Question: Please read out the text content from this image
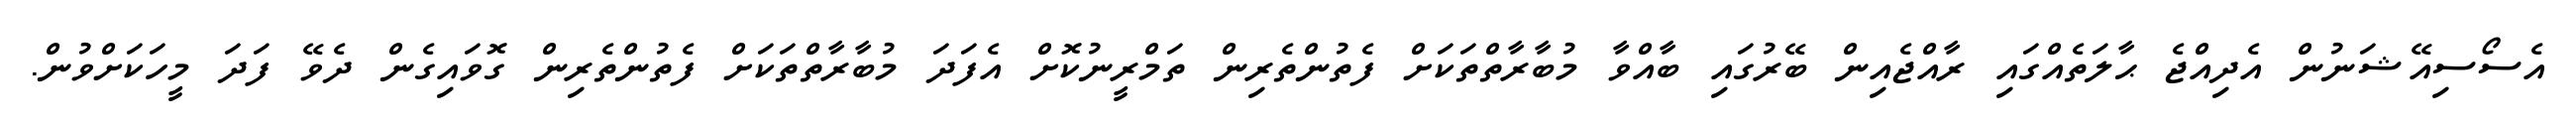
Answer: އެސޯސިއޭޝަނުން އެދިއްޖެ ޙާލަތެއްގައި ރާއްޖެއިން ބޭރުގައި ބާއްވާ މުބާރާތްތަކަށް ފެތުންތެރިން ތަމްރީނުކޮށް އެފަދަ މުބާރާތްތަކަށް ފެތުންތެރިން ގޮވައިގެން ދެވޭ ފަދަ މީހަކަށްވުން.